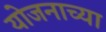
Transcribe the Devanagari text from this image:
योजनाच्या